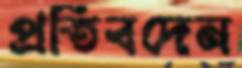
প্রতিবদেন